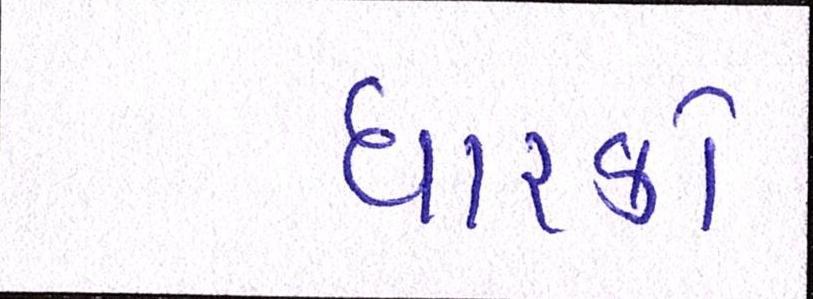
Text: ધારકો